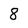
Character: 8